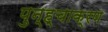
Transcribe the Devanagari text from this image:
पुन्ह्चाक्रण